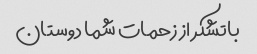
باتشکر از زحمات شما دوستان